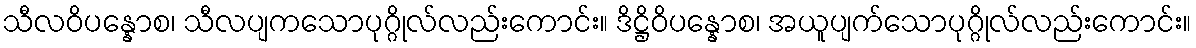
သီလဝိပန္နောစ၊ သီလပျကသောပုဂ္ဂိုလ်လည်းကောင်း။ ဒိဋ္ဌိဝိပန္နောစ၊ အယူပျက်သောပုဂ္ဂိုလ်လည်းကောင်း။